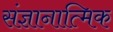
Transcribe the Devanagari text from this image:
संज्ञानात्मिक